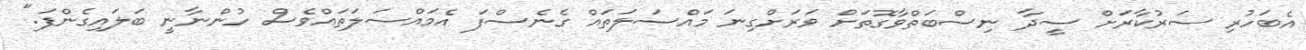
އެބަހުރި ސަރުކާރަށް ސީދާ ނިސްބަތްވާގޮތަށް ވަރަށްގިނަ މައްސަލަތައް ގެނެސްފަ އެމައްސަލަތައްވެސް ހުންނާނީ ބަލައިގެންފަ."